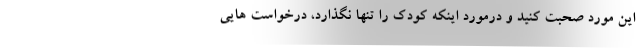
این مورد صحبت کنید و درمورد اینکه کودک را تنها نگذارد، درخواست هایی